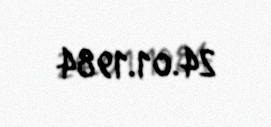
24.01.1984